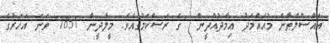
އައްސުލްޠާން މުޙައްމަދު ޢިމާދުއްދީން  ގެ ރަސްކަމުގައެވެ. މީލާދީން 1857 ވަނަ އަހަރުގެ